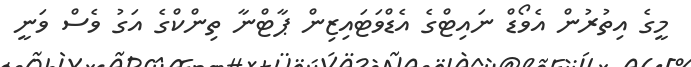
މީގެ އިތުރުން އެވޯޑް ނައިޓްގެ އެޑްވަޓައިޒިން ޕާޓްނާ ތިންކްގެ އަގު ވެސް ވަނީ